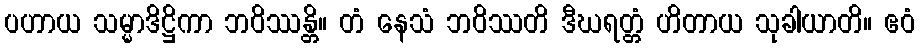
ပဟာယ သမ္မာဒိဋ္ဌိကာ ဘဝိဿန္တိ။ တံ နေသံ ဘဝိဿတိ ဒီဃရတ္တံ ဟိတာယ သုခါယာတိ။ ဧဝံ